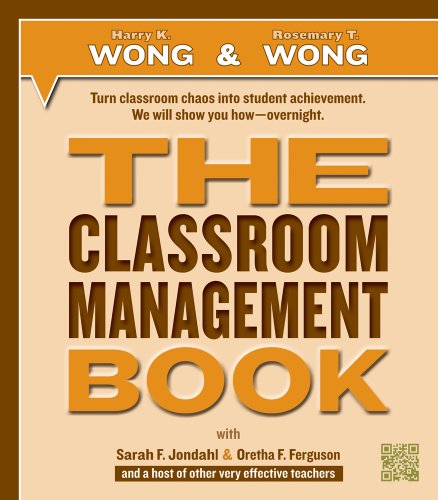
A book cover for THE Classroom Management Book; Harry K. Wong; Education & Teaching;